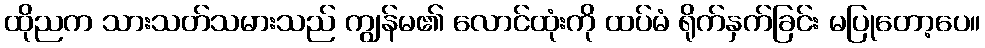
ထိုညက သားသတ်သမားသည် ကျွန်မ၏ လောင်ထုံးကို ထပ်မံ ရိုက်နှက်ခြင်း မပြုတော့ပေ။